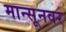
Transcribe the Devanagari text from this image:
मान्सूनवर